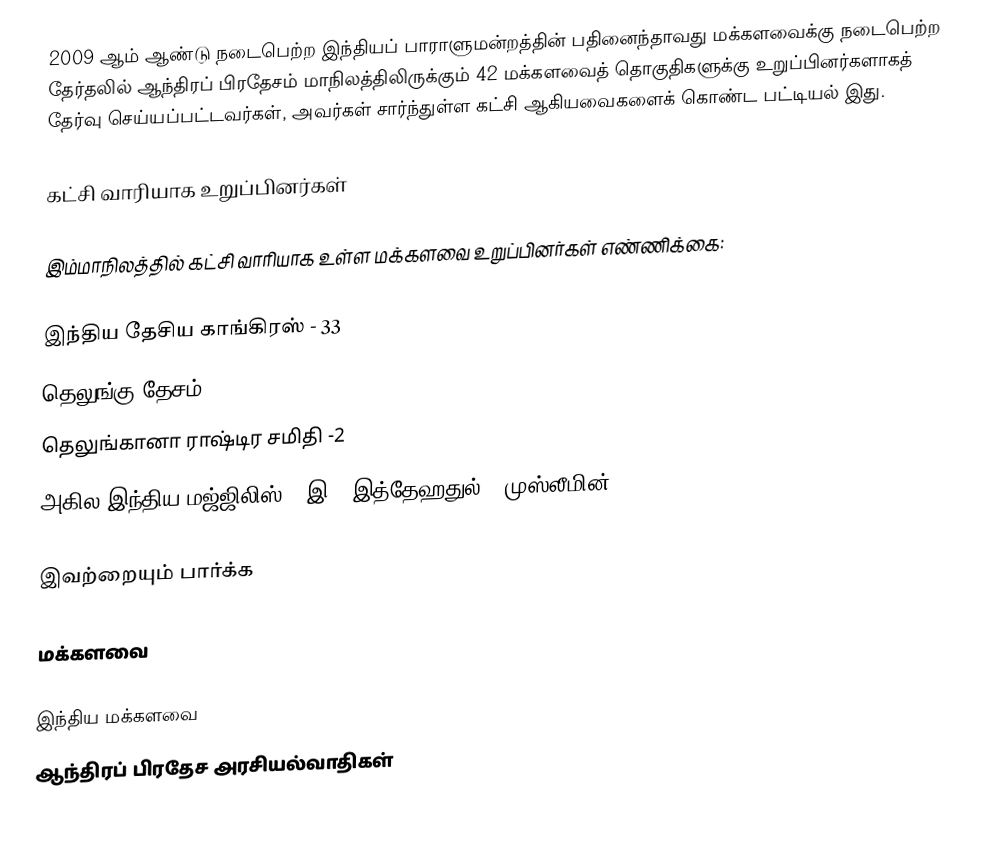
2009 ஆம் ஆண்டு நடைபெற்ற இந்தியப் பாராளுமன்றத்தின் பதினைந்தாவது மக்களவைக்கு நடைபெற்ற தேர்தலில் ஆந்திரப் பிரதேசம் மாநிலத்திலிருக்கும் 42 மக்களவைத் தொகுதிகளுக்கு உறுப்பினர்களாகத் தேர்வு செய்யப்பட்டவர்கள், அவர்கள் சார்ந்துள்ள கட்சி ஆகியவைகளைக் கொண்ட பட்டியல் இது.

கட்சி வாரியாக உறுப்பினர்கள்

இம்மாநிலத்தில் கட்சி வாரியாக உள்ள மக்களவை உறுப்பினர்கள் எண்ணிக்கை:

இந்திய தேசிய காங்கிரஸ் - 33
தெலுங்கு தேசம் - 6
தெலுங்கானா ராஷ்டிர சமிதி -2
அகில இந்திய மஜ்ஜிலிஸ் - இ - இத்தேஹதுல் - முஸ்லீமின்) -1

இவற்றையும் பார்க்க

 மக்களவை

இந்திய மக்களவை
ஆந்திரப் பிரதேச அரசியல்வாதிகள்